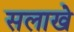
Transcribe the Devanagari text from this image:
सलाखे